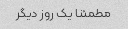
مطمئنا یک روز دیگر